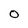
Character: O